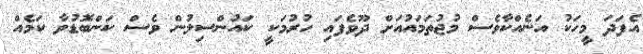
އެފަދަ މީހަކު އަނެއްކާވެސް މުޖުތަމައުއަށް ދޫވެފައި ހުރުމަކީ ކައުންސިލުން ވެސް ކަންބޮޑުވާ ކަމެއް